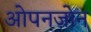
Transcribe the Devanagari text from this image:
ओपनज़ोन